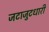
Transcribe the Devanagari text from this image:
जटाजुटधारी